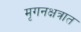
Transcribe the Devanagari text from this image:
मृगनक्षत्रात